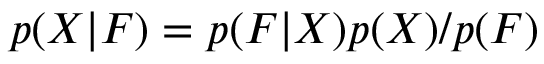
p ( X | F ) = p ( F | X ) p ( X ) / p ( F )